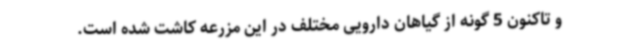
و تاکنون 5 گونه از گیاهان دارویی مختلف در این مزرعه کاشت شده است.